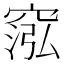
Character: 𥦷